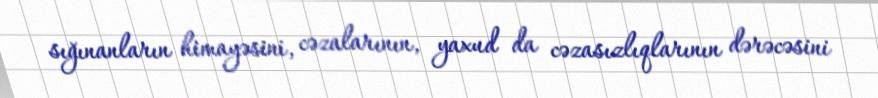
sığınanların himayəsini, cəzalarının, yaxud da cəzasızlıqlarının dərəcəsini